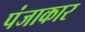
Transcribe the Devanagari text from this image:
पंजाकार